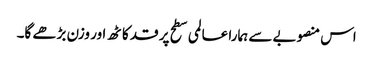
اس منصوبے سے ہمارا عالمی سطح پر قد کاٹھ اور وزن بڑھے گا۔